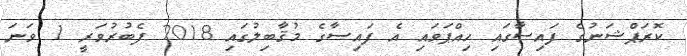
ކޮރަޕްޝަނުގެ ފައިސާގައި ހިއްޕަވައި އެ ފައިސާގެ މުޤާބިލުގައި 2018 ފެބުރުވަރީ 1 ވަނަ